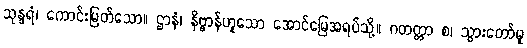
သုန္ဒရံ၊ ကောင်းမြတ်သော။ ဌာနံ၊ နိဗ္ဗာန်ဟူသော အောင်မြေအရပ်သို့။ ဂတတ္တာ စ၊ သွားတော်မူ